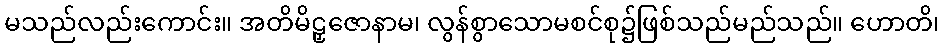
မသည်လည်းကောင်း။ အတိမိဠှဇောနာမ၊ လွန်စွာသောမစင်စု၌ဖြစ်သည်မည်သည်။ ဟောတိ၊